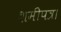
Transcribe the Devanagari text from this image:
शमीपत्र।